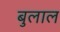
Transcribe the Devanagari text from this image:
बुलाल